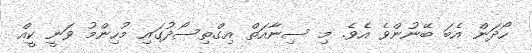
ހޯދަން އެބަ ބޭނުންވެ އެވެ. މި ސިނާއަތް އިގްތިސޯދުގައި މުހިންމު ވަނީ ކީއް